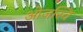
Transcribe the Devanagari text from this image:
ओजस्वि